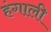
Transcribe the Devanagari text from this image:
हंगाली